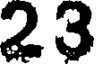
23